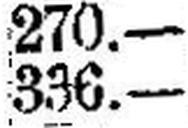
336.—